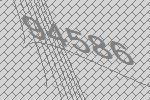
94586